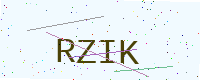
Text: RZIK